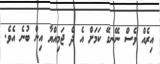
އިރެއް ވެސް ނޭނގޭ ކަމަށް އެ ދެ ޖަމިއްޔާ އިން ބުނެ އެވެ.